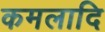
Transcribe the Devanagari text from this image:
कमलादि